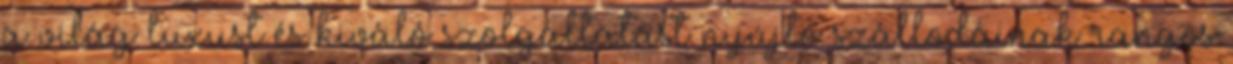
a világ luxust és kiváló szolgáltatást nyújtó szállodáinak rangos